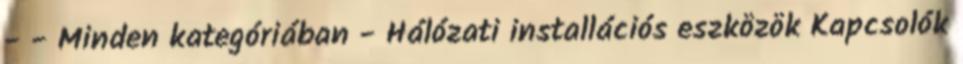
- - Minden kategóriában - Hálózati installációs eszközök Kapcsolók